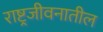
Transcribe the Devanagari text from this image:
राष्ट्रजीवनातील